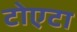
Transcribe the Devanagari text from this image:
टोएटा